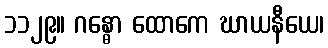
၁၁၂၉။ ဂန္ဓော ထောကေ ဃာယနီယေ၊